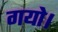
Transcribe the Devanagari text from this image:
गयो।